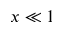
x \ll 1